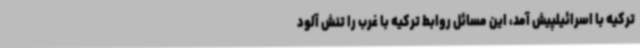
ترکیه با اسرائیلپیش آمد، این مسائل روابط ترکیه با غرب را تنش آلود